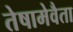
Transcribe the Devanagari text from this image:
तेषामेवैता